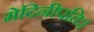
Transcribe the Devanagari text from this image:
मेदिनीपतिः।